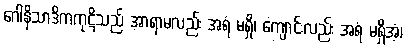
ဂေါနိသာဒိကကုဋိသည် အာရာမလည်း အရံ မရှိ၊ ကျောင်းလည်း အရံ မရှိအံ့၊